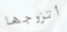
أتزوجها